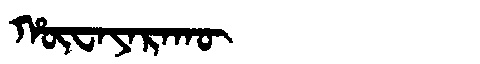
Manchu: ᡥᡡᠸᠠᠶᠠᡵᠠᡴᡡ
Romanization: HŪWAYARAKŪ